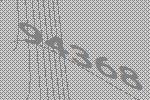
94368